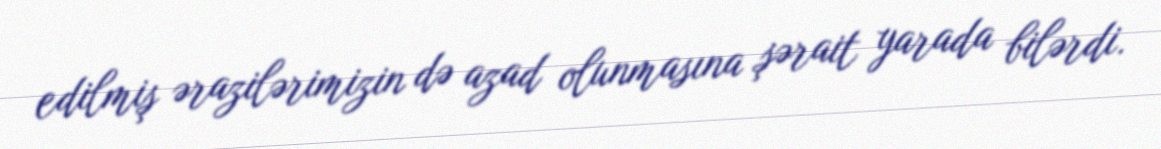
edilmiş ərazilərimizin də azad olunmasına şərait yarada bilərdi.